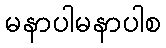
မနာပါမနာပါစ